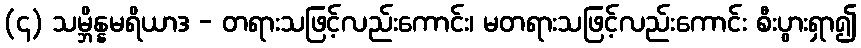
(၄) သမ္ဘိန္နမရိယာဒ - တရားသဖြင့်လည်းကောင်း၊ မတရားသဖြင့်လည်းကောင်း စီးပွားရှာ၍